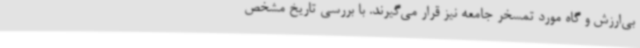
بی‌ارزش و گاه مورد تمسخر جامعه نیز قرار می‌گیرند. با بررسی تاریخ مشخص